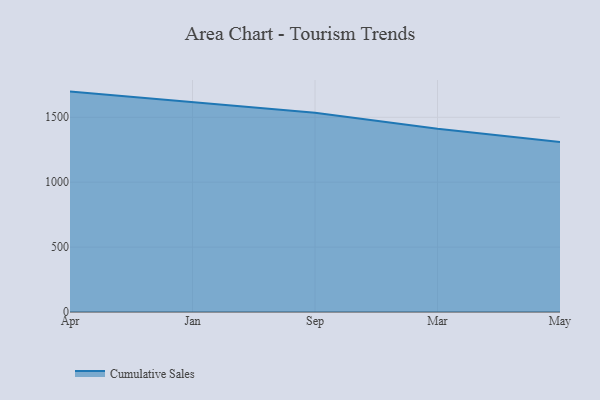
{"axis": {"x": "Month", "y": "Latency (ms)"}, "legend": ["Cumulative Sales"], "data": [{"x": "Apr", "y": 1697.8, "type": "Cumulative Sales"}, {"x": "Jan", "y": 1617.2, "type": "Cumulative Sales"}, {"x": "Sep", "y": 1534.9, "type": "Cumulative Sales"}, {"x": "Mar", "y": 1411.7, "type": "Cumulative Sales"}, {"x": "May", "y": 1309.7, "type": "Cumulative Sales"}]}